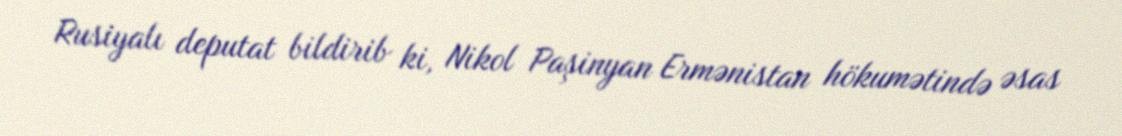
Rusiyalı deputat bildirib ki, Nikol Paşinyan Ermənistan hökumətində əsas